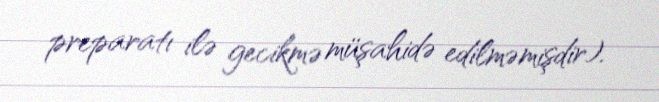
preparatı ilə gecikmə müşahidə edilməmişdir).